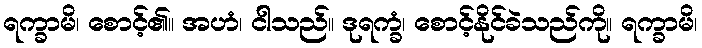
ရက္ခာမိ၊ စောင့်၏။ အဟံ၊ ငါသည်။ ဒုရက္ခံ၊ စောင့်နိုင်ခဲသည်ကို။ ရက္ခာမိ၊